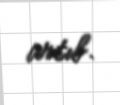
artıb.